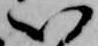
い